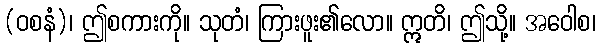
(ဝစနံ)၊ ဤစကားကို။ သုတံ၊ ကြားဖူး၏လော။ ဣတိ၊ ဤသို့။ အဝေါစ၊